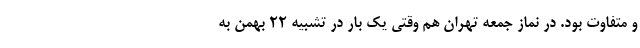
و متفاوت بود. در نماز جمعه تهران هم وقتی یک بار در تشبیه 22 بهمن به